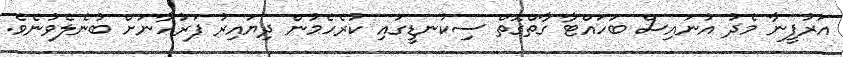
އަރުފީނާ މެދު އުނައިސް ބަހައްޓާ ގާތްގޮތް ސިކުނޑީގައި ކުރެހެމުން ދިޔައިރު ފަރުހާނަށް ބުނެލެވުނެވެ.